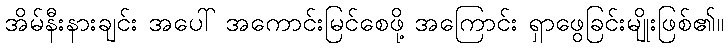
အိမ်နီးနားချင်း အပေါ် အကောင်းမြင်စေဖို့ အကြောင်း ရှာဖွေခြင်းမျိုးဖြစ်၏။